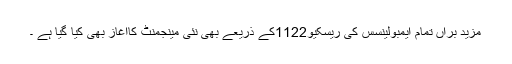
مزید براں تمام ایمبولینسس کی ریسکیو1122کے ذریعے بھی نئی مینجمنٹ کاآغاز بھی کیا گیا ہے ۔